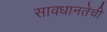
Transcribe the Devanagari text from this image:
सावधानतेची